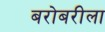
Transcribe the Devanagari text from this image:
बरोबरीला